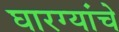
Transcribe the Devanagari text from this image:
घारग्यांचे